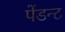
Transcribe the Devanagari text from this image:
पेंडन्ट